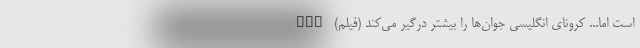
است اما... کرونای انگلیسی جوان‌ها را بیشتر درگیر می‌کند (فیلم) nan